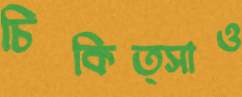
চিকিত্সাও